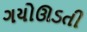
ગયોઊડતી